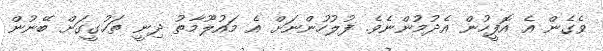
ވެގެން އެ އޮފީހުން އެދުމުންނެވެ. ފުލުހުންނަށް އެެެ މައުލޫމާތު ދިނީ ތަހުގީގަށް ބޭނުން